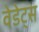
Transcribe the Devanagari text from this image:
वेडेट्स